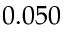
0 . 0 5 0